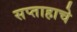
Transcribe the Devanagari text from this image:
सप्ताहाचे